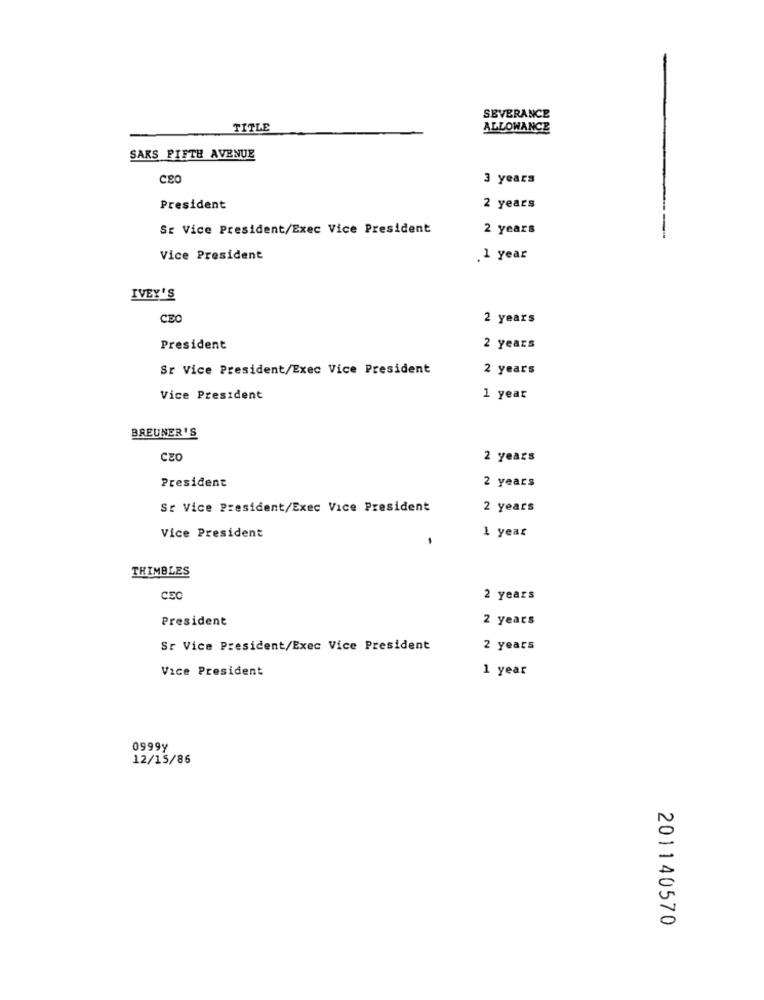
SEVERANCE
TITLE
ALLOWANCE
SAKS FIFTH AVENUE
CEO
3 years
President
2 years
SE Vice President/Exec Vice President
2 years
--
Vice President
.1 year
IVEY'S
CEC
2 years
President
2 years
Sr Vice President/Exec Vice President
2 years
Vice President
1 year
BREUNER'S
2 years
President
2 years
Se Vice President/Exec Vice President
2 years
1 year
Vice President
THIMBLES
CS0
2 years
President
2 years
Sr Vice President/Exec Vice President
2 years
Vice President
1 year
0999y
12/15/86
201140570